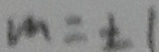
m = \pm 1